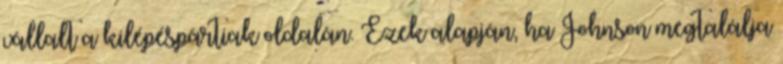
vállalt a kilépéspártiak oldalán. Ezek alapján, ha Johnson megtalálja